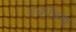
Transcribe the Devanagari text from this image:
तथाविश्व